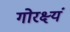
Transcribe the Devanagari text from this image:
गोरक्ष्यं